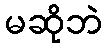
မဆိုဘဲ